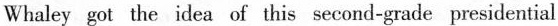
Whaley got the idea of this second-grade presidential